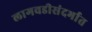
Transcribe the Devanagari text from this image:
लागवडीसंदर्भात